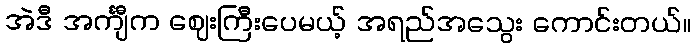
အဲဒီ အင်္ကျီက ဈေးကြီးပေမယ့် အရည်အသွေး ကောင်းတယ်။